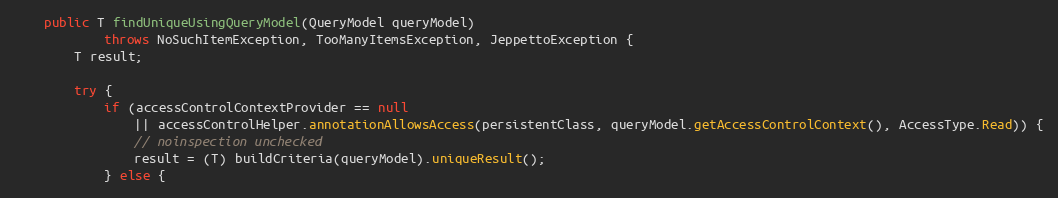
Language: Java
    public T findUniqueUsingQueryModel(QueryModel queryModel)
            throws NoSuchItemException, TooManyItemsException, JeppettoException {
        T result;

        try {
            if (accessControlContextProvider == null
                || accessControlHelper.annotationAllowsAccess(persistentClass, queryModel.getAccessControlContext(), AccessType.Read)) {
                // noinspection unchecked
                result = (T) buildCriteria(queryModel).uniqueResult();
            } else {